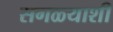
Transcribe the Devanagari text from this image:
सगळ्याशी